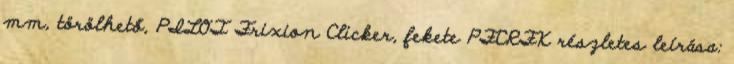
mm, törölhető, PILOT Frixion Clicker, fekete PFCRFK részletes leírása: